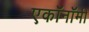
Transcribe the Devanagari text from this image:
एकॉनॉमी